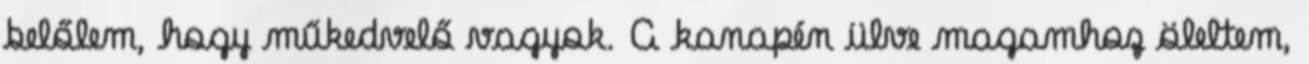
belőlem, hogy műkedvelő vagyok. A kanapén ülve magamhoz öleltem,